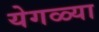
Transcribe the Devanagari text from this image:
येगळ्या